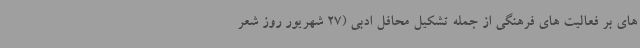
های بر فعالیت های فرهنگی از جمله تشکیل محافل ادبی (27 شهریور روز شعر